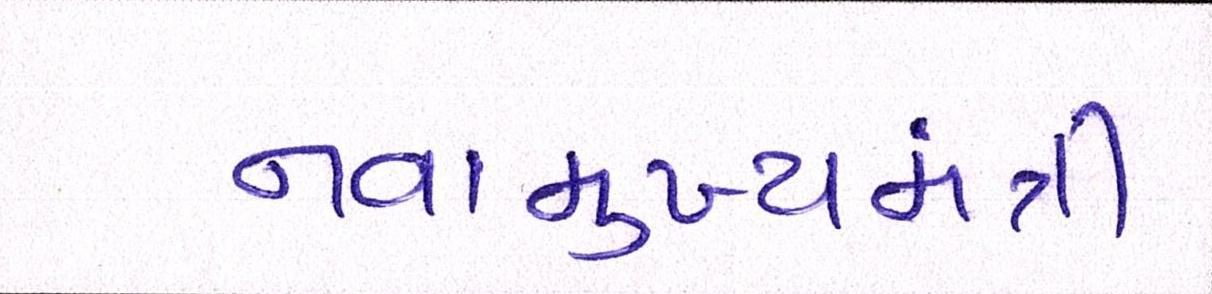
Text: નવામુખ્યમંત્રી